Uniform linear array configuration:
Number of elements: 4
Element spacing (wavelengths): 0.75
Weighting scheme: exponential
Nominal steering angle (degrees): -15
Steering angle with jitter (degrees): -15.388
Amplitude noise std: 0.05
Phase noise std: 0.05

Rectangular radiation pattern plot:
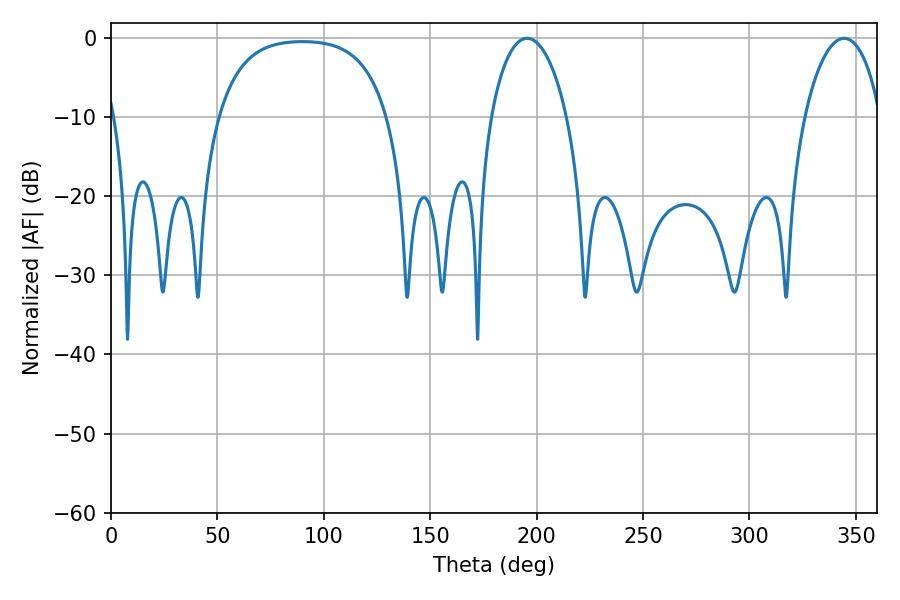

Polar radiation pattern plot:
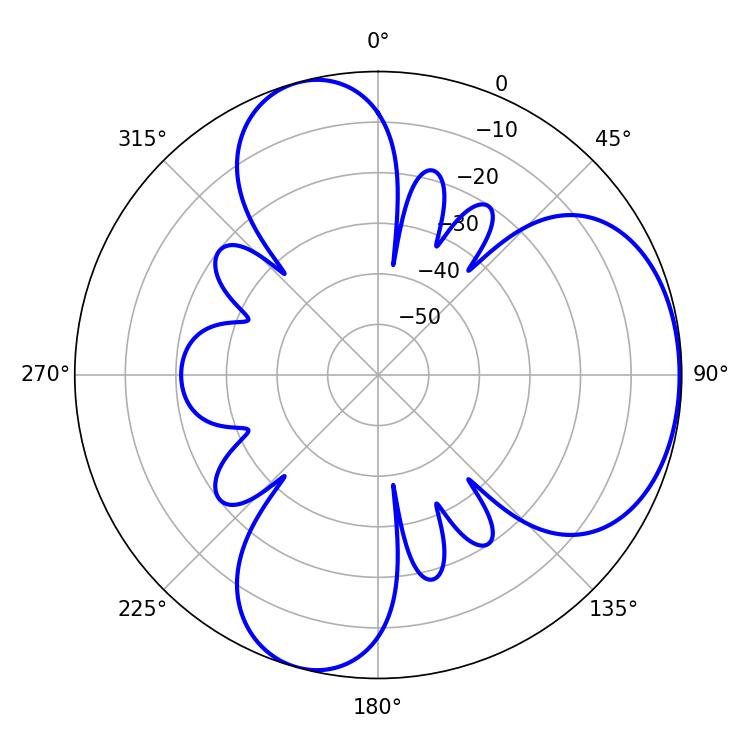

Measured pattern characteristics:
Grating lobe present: TRUE
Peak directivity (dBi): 5.12
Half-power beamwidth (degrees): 20.34
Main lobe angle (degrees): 195.48